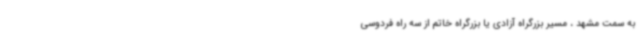
به سمت مشهد ، مسیر بزرگراه آزادی یا بزرگراه خاتم از سه راه فردوسی